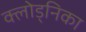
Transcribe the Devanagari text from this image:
क्लोड्निका